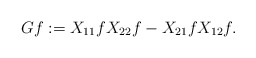
\begin{align*}Gf:=X_{11}fX_{22}f-X_{21}fX_{12}f.\end{align*}